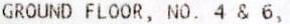
GROUND FLOOR, NO. 4 & 6,